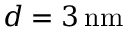
d = 3 { \mathrm { \, n m } }